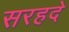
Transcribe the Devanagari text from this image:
सरहदे